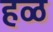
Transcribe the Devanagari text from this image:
हळ